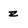
Character: z